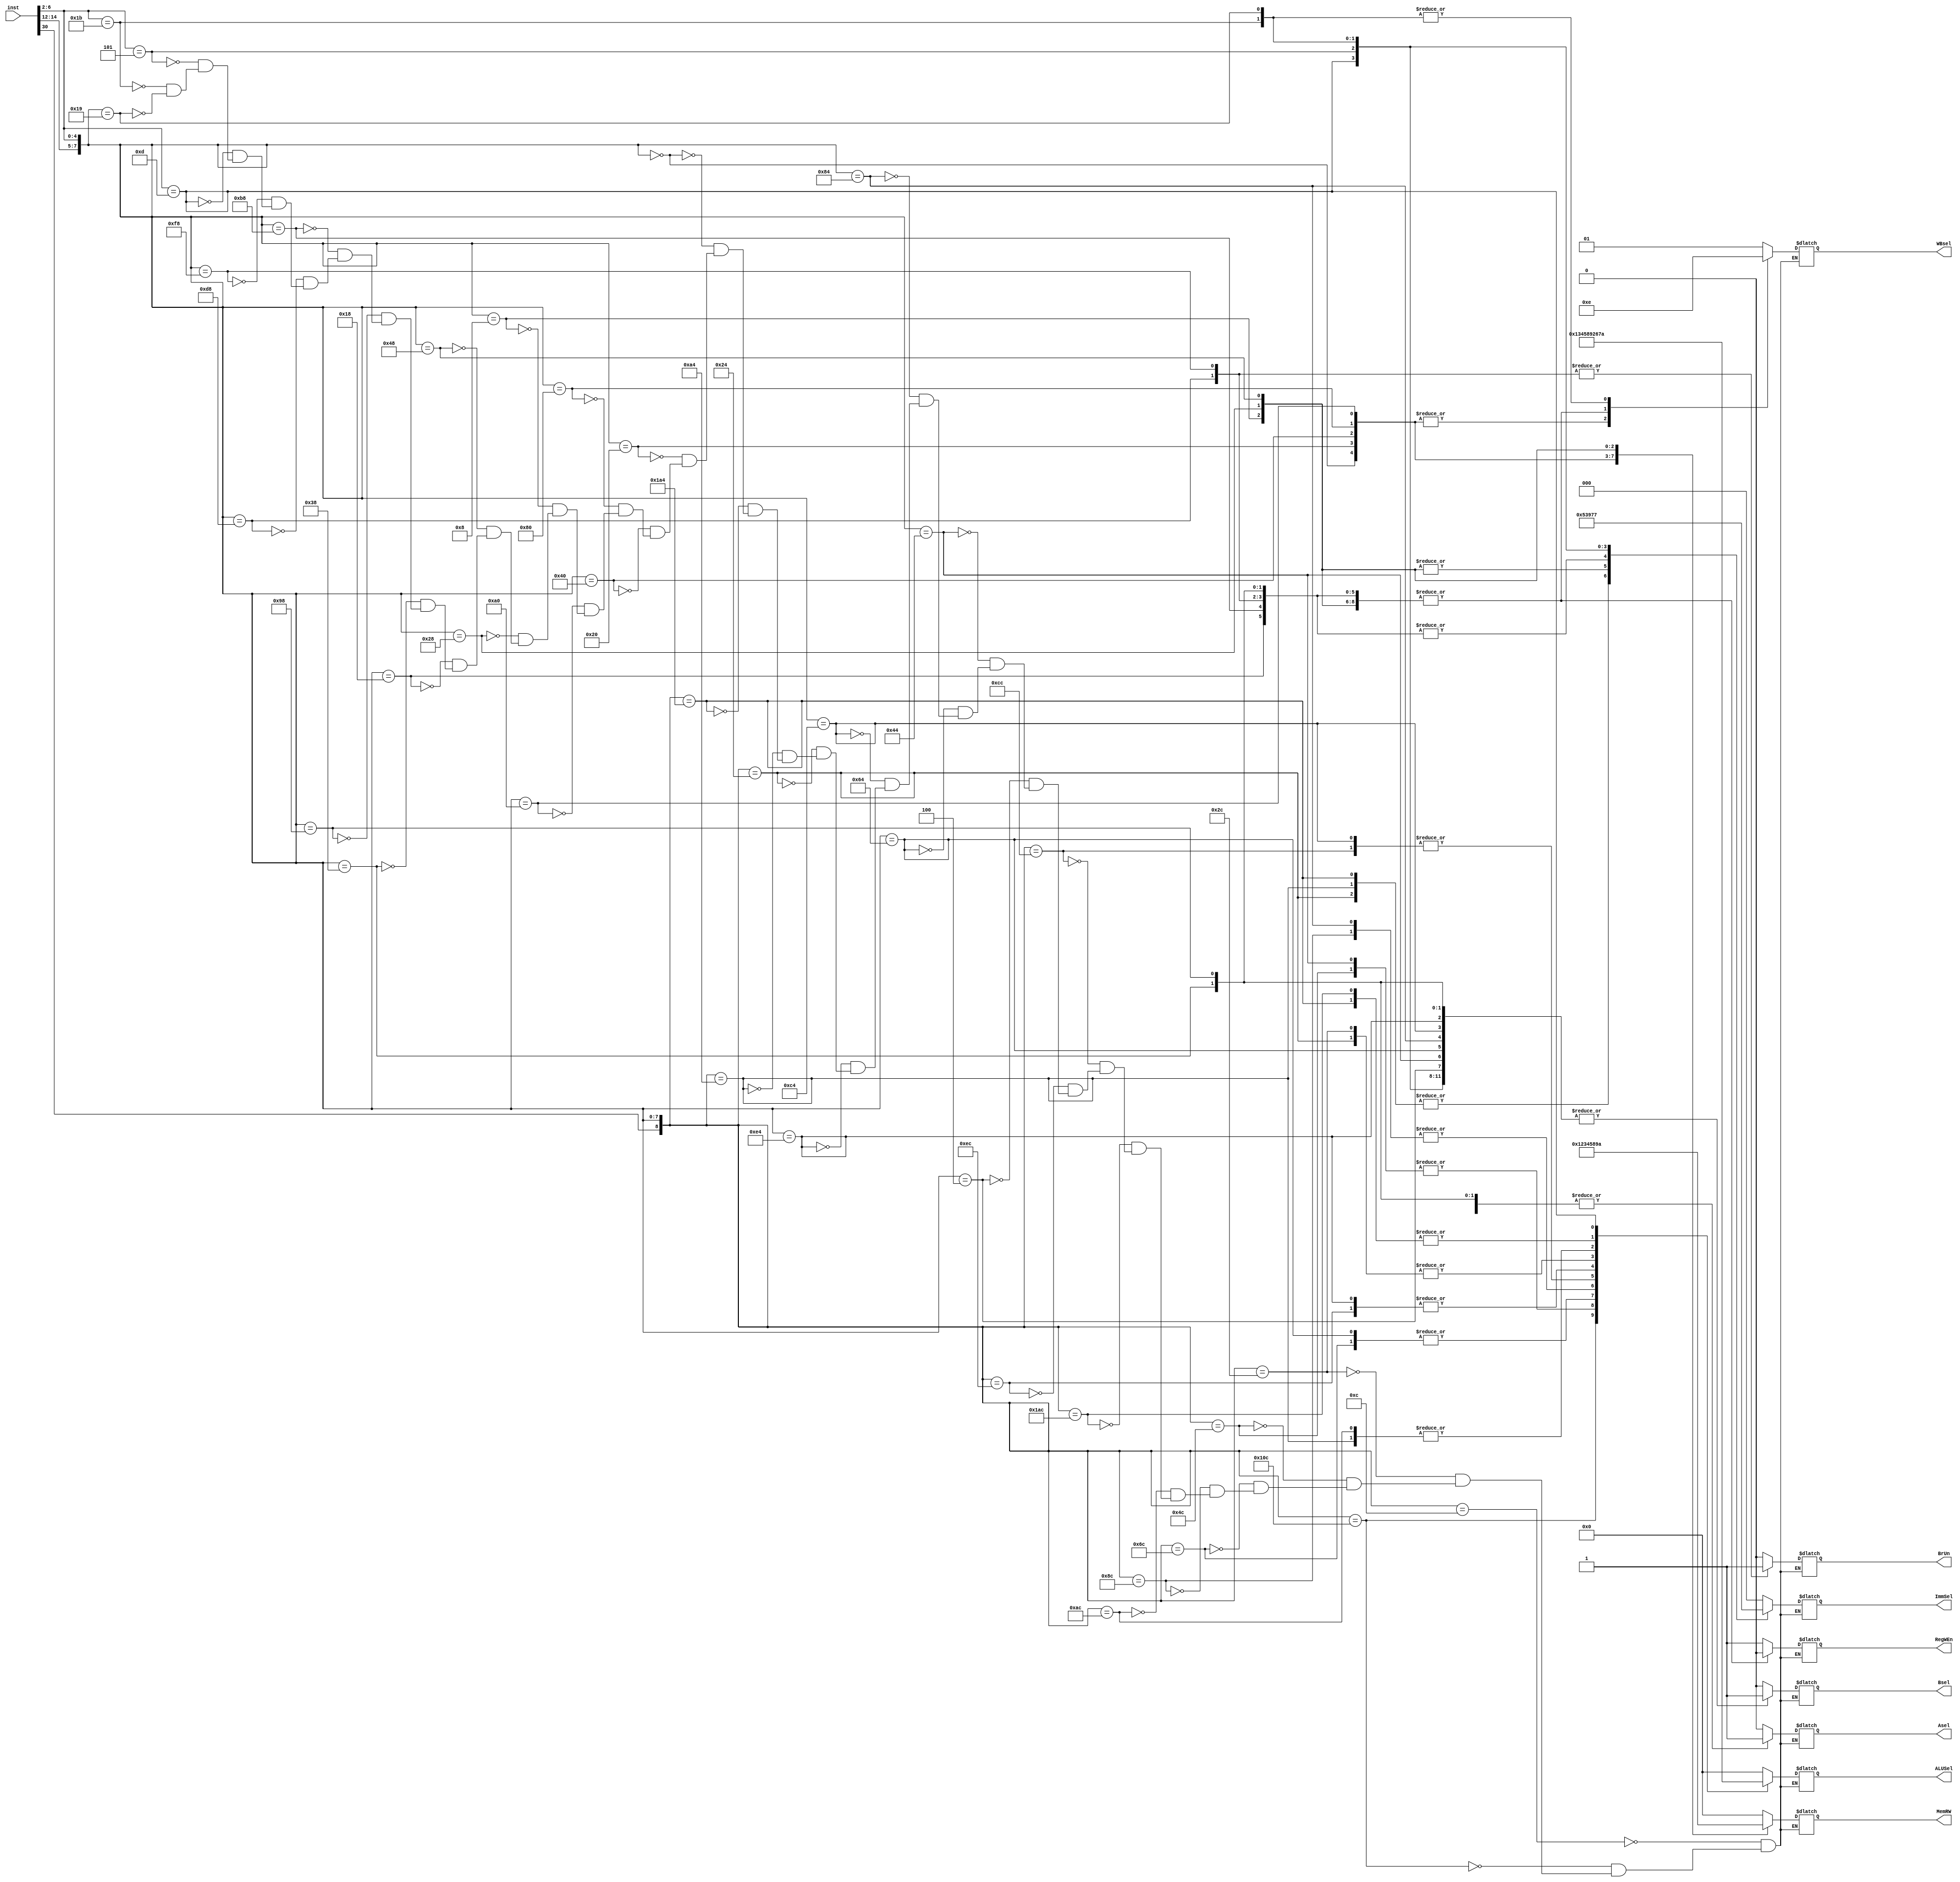
module Control(
    input [31:0] inst,
    // input BrEq,
    // input BrLT,
    /*output reg PCsel,*/
    output reg [2:0] ImmSel,
    output reg RegWEn,
    output reg BrUn,
    output reg Bsel,
    output reg Asel,
    
    output reg [3:0] ALUSel,
    output reg [3:0] MemRW,
    output reg [1:0] WBsel
);
always @(*) begin
  casez ({inst [30],inst [14:12],inst [6:2]})
  //Type R
  9'b0_000_01100: {/*PCsel,*/ImmSel,RegWEn,BrUn,Bsel,Asel,ALUSel,MemRW,WBsel} <={1'b0,3'b000,1'b1,1'b0,1'b0,1'b0,4'b0000,4'b0000,2'b01};
  9'b1_000_01100: {/*PCsel,*/ImmSel,RegWEn,BrUn,Bsel,Asel,ALUSel,MemRW,WBsel} <={1'b0,3'b000,1'b1,1'b0,1'b0,1'b0,4'b0001,4'b0000,2'b01};
  9'b0_001_01100: {/*PCsel,*/ImmSel,RegWEn,BrUn,Bsel,Asel,ALUSel,MemRW,WBsel} <={1'b0,3'b000,1'b1,1'b0,1'b0,1'b0,4'b0010,4'b0000,2'b01};
  9'b0_010_01100: {/*PCsel,*/ImmSel,RegWEn,BrUn,Bsel,Asel,ALUSel,MemRW,WBsel} <={1'b0,3'b000,1'b1,1'b0,1'b0,1'b0,4'b0011,4'b0000,2'b01};
  9'b0_011_01100: {/*PCsel,*/ImmSel,RegWEn,BrUn,Bsel,Asel,ALUSel,MemRW,WBsel} <={1'b0,3'b000,1'b1,1'b0,1'b0,1'b0,4'b0100,4'b0000,2'b01};
  9'b0_100_01100: {/*PCsel,*/ImmSel,RegWEn,BrUn,Bsel,Asel,ALUSel,MemRW,WBsel} <={1'b0,3'b000,1'b1,1'b0,1'b0,1'b0,4'b0101,4'b0000,2'b01};
  9'b0_101_01100: {/*PCsel,*/ImmSel,RegWEn,BrUn,Bsel,Asel,ALUSel,MemRW,WBsel} <={1'b0,3'b000,1'b1,1'b0,1'b0,1'b0,4'b0110,4'b0000,2'b01};
  9'b1_101_01100: {/*PCsel,*/ImmSel,RegWEn,BrUn,Bsel,Asel,ALUSel,MemRW,WBsel} <={1'b0,3'b000,1'b1,1'b0,1'b0,1'b0,4'b0111,4'b0000,2'b01};
  9'b0_110_01100: {/*PCsel,*/ImmSel,RegWEn,BrUn,Bsel,Asel,ALUSel,MemRW,WBsel} <={1'b0,3'b000,1'b1,1'b0,1'b0,1'b0,4'b1000,4'b0000,2'b01};
  9'b0_111_01100: {/*PCsel,*/ImmSel,RegWEn,BrUn,Bsel,Asel,ALUSel,MemRW,WBsel} <={1'b0,3'b000,1'b1,1'b0,1'b0,1'b0,4'b1001,4'b0000,2'b01};
  //Type I cal
  9'b?_000_00100: {/*PCsel,*/ImmSel,RegWEn,BrUn,Bsel,Asel,ALUSel,MemRW,WBsel} <={1'b0,3'b000,1'b1,1'b0,1'b1,1'b0,4'b0000,4'b0000,2'b01};
  9'b?_010_00100: {/*PCsel,*/ImmSel,RegWEn,BrUn,Bsel,Asel,ALUSel,MemRW,WBsel} <={1'b0,3'b000,1'b1,1'b0,1'b1,1'b0,4'b0011,4'b0000,2'b01};
  9'b?_011_00100: {/*PCsel,*/ImmSel,RegWEn,BrUn,Bsel,Asel,ALUSel,MemRW,WBsel} <={1'b0,3'b000,1'b1,1'b0,1'b1,1'b0,4'b0100,4'b0000,2'b01};
  9'b?_100_00100: {/*PCsel,*/ImmSel,RegWEn,BrUn,Bsel,Asel,ALUSel,MemRW,WBsel} <={1'b0,3'b000,1'b1,1'b0,1'b1,1'b0,4'b0101,4'b0000,2'b01};
  9'b?_110_00100: {/*PCsel,*/ImmSel,RegWEn,BrUn,Bsel,Asel,ALUSel,MemRW,WBsel} <={1'b0,3'b000,1'b1,1'b0,1'b1,1'b0,4'b1000,4'b0000,2'b01};
  9'b?_111_00100: {/*PCsel,*/ImmSel,RegWEn,BrUn,Bsel,Asel,ALUSel,MemRW,WBsel} <={1'b0,3'b000,1'b1,1'b0,1'b1,1'b0,4'b1001,4'b0000,2'b01};
  9'b0_001_00100: {/*PCsel,*/ImmSel,RegWEn,BrUn,Bsel,Asel,ALUSel,MemRW,WBsel} <={1'b0,3'b001,1'b1,1'b0,1'b1,1'b0,4'b0010,4'b0000,2'b01};
  9'b0_101_00100: {/*PCsel,*/ImmSel,RegWEn,BrUn,Bsel,Asel,ALUSel,MemRW,WBsel} <={1'b0,3'b001,1'b1,1'b0,1'b1,1'b0,4'b0110,4'b0000,2'b01};
  9'b1_101_00100: {/*PCsel,*/ImmSel,RegWEn,BrUn,Bsel,Asel,ALUSel,MemRW,WBsel} <={1'b0,3'b001,1'b1,1'b0,1'b1,1'b0,4'b0111,4'b0000,2'b01};
  //Type I load
  9'b?_000_00000: {/*PCsel,*/ImmSel,RegWEn,BrUn,Bsel,Asel,ALUSel,MemRW,WBsel} <={1'b0,3'b000,1'b1,1'b0,1'b1,1'b0,4'b0000,4'b0001,2'b00};
  9'b?_001_00000: {/*PCsel,*/ImmSel,RegWEn,BrUn,Bsel,Asel,ALUSel,MemRW,WBsel} <={1'b0,3'b000,1'b1,1'b0,1'b1,1'b0,4'b0000,4'b0010,2'b00};
  9'b?_010_00000: {/*PCsel,*/ImmSel,RegWEn,BrUn,Bsel,Asel,ALUSel,MemRW,WBsel} <={1'b0,3'b000,1'b1,1'b0,1'b1,1'b0,4'b0000,4'b0011,2'b00};
  9'b?_100_00000: {/*PCsel,*/ImmSel,RegWEn,BrUn,Bsel,Asel,ALUSel,MemRW,WBsel} <={1'b0,3'b000,1'b1,1'b0,1'b1,1'b0,4'b0000,4'b0100,2'b00};
  9'b?_101_00000: {/*PCsel,*/ImmSel,RegWEn,BrUn,Bsel,Asel,ALUSel,MemRW,WBsel} <={1'b0,3'b000,1'b1,1'b0,1'b1,1'b0,4'b0000,4'b0101,2'b00};
  //Type S
  9'b?_000_01000: {/*PCsel,*/ImmSel,RegWEn,BrUn,Bsel,Asel,ALUSel,MemRW,WBsel} <={1'b0,3'b010,1'b0,1'b0,1'b1,1'b0,4'b0000,4'b1000,2'b11};
  9'b?_001_01000: {/*PCsel,*/ImmSel,RegWEn,BrUn,Bsel,Asel,ALUSel,MemRW,WBsel} <={1'b0,3'b010,1'b0,1'b0,1'b1,1'b0,4'b0000,4'b1001,2'b11};
  9'b?_010_01000: {/*PCsel,*/ImmSel,RegWEn,BrUn,Bsel,Asel,ALUSel,MemRW,WBsel} <={1'b0,3'b010,1'b0,1'b0,1'b1,1'b0,4'b0000,4'b1010,2'b11};
  //Type B
  9'b?_000_11000: {/*PCsel,*/ImmSel,RegWEn,BrUn,Bsel,Asel,ALUSel,MemRW,WBsel} <={1'b0,3'b011,1'b0,1'b0,1'b1,1'b1,4'b0000,4'b0000,2'b11};
  9'b?_001_11000: {/*PCsel,*/ImmSel,RegWEn,BrUn,Bsel,Asel,ALUSel,MemRW,WBsel} <={1'b0,3'b011,1'b0,1'b0,1'b1,1'b1,4'b0000,4'b0000,2'b11};
  9'b?_100_11000: {/*PCsel,*/ImmSel,RegWEn,BrUn,Bsel,Asel,ALUSel,MemRW,WBsel} <={1'b0,3'b011,1'b0,1'b0,1'b1,1'b1,4'b0000,4'b0000,2'b11};
  9'b?_101_11000: {/*PCsel,*/ImmSel,RegWEn,BrUn,Bsel,Asel,ALUSel,MemRW,WBsel} <={1'b0,3'b011,1'b0,1'b0,1'b1,1'b1,4'b0000,4'b0000,2'b11};
  9'b?_110_11000: {/*PCsel,*/ImmSel,RegWEn,BrUn,Bsel,Asel,ALUSel,MemRW,WBsel} <={1'b0,3'b011,1'b0,1'b1,1'b1,1'b1,4'b0000,4'b0000,2'b11};
  9'b?_111_11000: {/*PCsel,*/ImmSel,RegWEn,BrUn,Bsel,Asel,ALUSel,MemRW,WBsel} <={1'b0,3'b011,1'b0,1'b1,1'b1,1'b1,4'b0000,4'b0000,2'b11};
  //Type U
  9'b?_???_01101: {/*PCsel,*/ImmSel,RegWEn,BrUn,Bsel,Asel,ALUSel,MemRW,WBsel} <={1'b0,3'b100,1'b1,1'b0,1'b1,1'b0,4'b1010,4'b0000,2'b01};
  9'b?_???_00101: {/*PCsel,*/ImmSel,RegWEn,BrUn,Bsel,Asel,ALUSel,MemRW,WBsel} <={1'b0,3'b101,1'b1,1'b0,1'b1,1'b1,4'b0000,4'b0000,2'b01};
  //Type J
  9'b?_???_11011: {/*PCsel,*/ImmSel,RegWEn,BrUn,Bsel,Asel,ALUSel,MemRW,WBsel} <={1'b1,3'b110,1'b1,1'b0,1'b1,1'b1,4'b0000,4'b0000,2'b10};
  9'b?_000_11001: {/*PCsel,*/ImmSel,RegWEn,BrUn,Bsel,Asel,ALUSel,MemRW,WBsel} <={1'b1,3'b111,1'b1,1'b0,1'b1,1'b0,4'b0000,4'b0000,2'b10};
  endcase
  end
endmodule